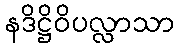
နဒိဋ္ဌိဝိပလ္လာသာ